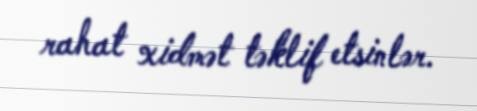
rahat xidmət təklif etsinlər.